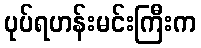
ပုပ်ရဟန်းမင်းကြီးက